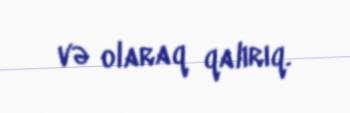
və olaraq qalırıq.